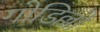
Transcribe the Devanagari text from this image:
गोडिल्लो